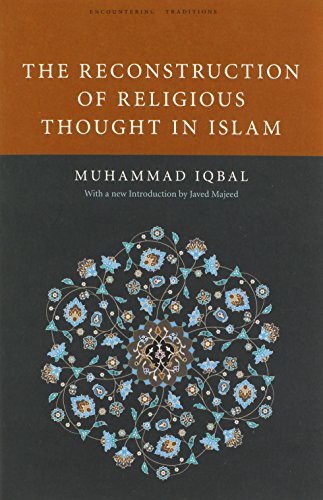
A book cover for The Reconstruction of Religious Thought in Islam (Encountering Traditions); Mohammad Iqbal; Religion & Spirituality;